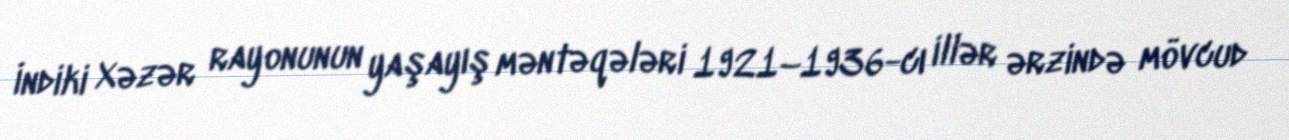
İndiki Xəzər rayonunun yaşayış məntəqələri 1921–1936-cı illər ərzində mövcud